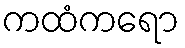
ကထံကရော